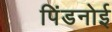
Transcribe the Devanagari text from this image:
पिंडनोई